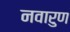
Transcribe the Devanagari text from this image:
नवारुण